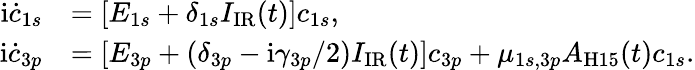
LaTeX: \begin{array}{rl}{\mathrm i\dot{c}_{1s}}&{=[E_{1s}+\delta_{1s}I_{\mathrm{IR}}(t)]c_{1s},}\\ {\mathrm i\dot{c}_{3p}}&{=[E_{3p}+(\delta_{3p}-\mathrm i\gamma_{3p}/2)I_{\mathrm{IR}}(t)]c_{3p}+\mu_{1s,3p}A_{\mathrm{H15}}(t)c_{1s}.}\end{array}